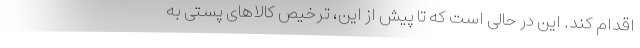
اقدام کند. این در حالی است که تا پیش از این، ترخیص کالاهای پستی به